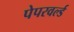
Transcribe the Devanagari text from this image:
पेपरवर्ल्ड